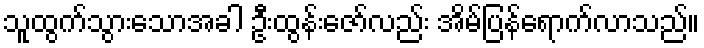
သူထွက်သွားသောအခါ ဦးထွန်းဇော်လည်း အိမ်ပြန်ရောက်လာသည်။